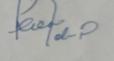
Signature authenticity: forged